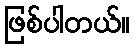
ဖြစ်ပါတယ်။